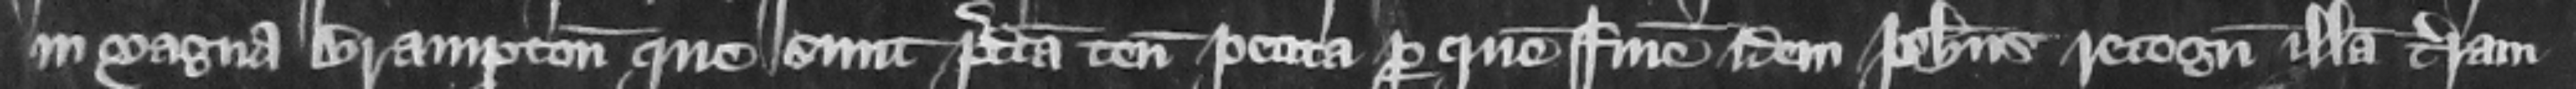
in Magna Brampton que sunt predicta tenementa petita per quem finem idem Philippus recognouit illam terram